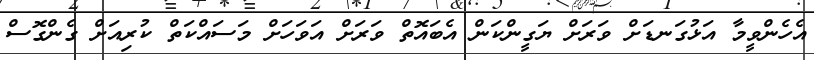
އެހެންވީމާ އަޅުގަނޑަށް ވަރަށް ޔަގީންކަން އެބައޮތް ވަރަށް އަވަހަށް މަސައްކަތް ކުރިއަށް ގެންގޮސް